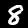
Label: 8